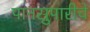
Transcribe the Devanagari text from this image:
पानसुपारीचे